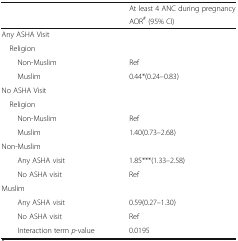
<table><thead><tr><td rowspan="2"></td><td><b>At least 4 ANC during pregnancy</b></td></tr><tr><td><b>AOR<sup>#</sup> (95% CI)</b></td></tr></thead><tbody><tr><td colspan="2">Any ASHA Visit</td></tr><tr><td colspan="2"> Religion</td></tr><tr><td>Non-Muslim</td><td>Ref</td></tr><tr><td>Muslim</td><td>0.44*(0.24–0.83)</td></tr><tr><td colspan="2">No ASHA Visit</td></tr><tr><td colspan="2"> Religion</td></tr><tr><td>Non-Muslim</td><td>Ref</td></tr><tr><td>Muslim</td><td>1.40(0.73–2.68)</td></tr><tr><td colspan="2">Non-Muslim</td></tr><tr><td>Any ASHA visit</td><td>1.85***(1.33–2.58)</td></tr><tr><td>No ASHA visit</td><td>Ref</td></tr><tr><td colspan="2">Muslim</td></tr><tr><td>Any ASHA visit</td><td>0.59(0.27–1.30)</td></tr><tr><td>No ASHA visit</td><td>Ref</td></tr><tr><td>Interaction term <i>p</i>-value</td><td>0.0195</td></tr></tbody></table>